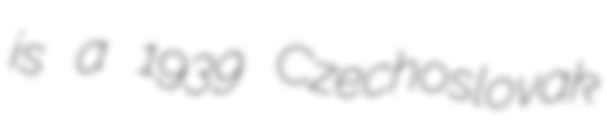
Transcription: is a 1939 Czechoslovak